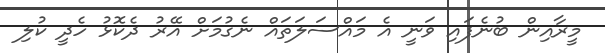
މީރާއިން ބުނެފައި ވަނީ އެ މައްސަލަތައް ނެގުމަށް އޭރު ދެކޮޅު ހެދީ ކުލި